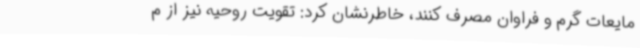
مایعات گرم و فراوان مصرف کنند، خاطرنشان کرد: تقویت روحیه نیز از م